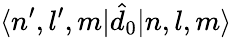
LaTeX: \langle n^{\prime},l^{\prime},m|\hat{d}_{0}|n,l,m\rangle